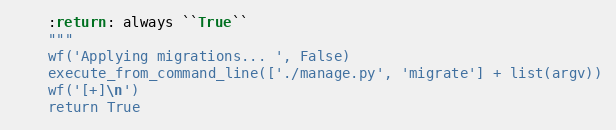
Language: Python
    :return: always ``True``
    """
    wf('Applying migrations... ', False)
    execute_from_command_line(['./manage.py', 'migrate'] + list(argv))
    wf('[+]\n')
    return True